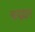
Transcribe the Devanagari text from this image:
चन्द्रदान